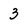
Character: 3